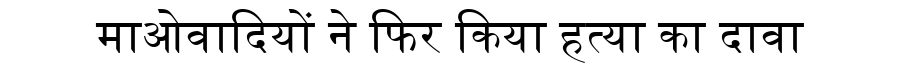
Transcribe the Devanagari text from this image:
माओवादियों ने फिर किया हत्या का दावा